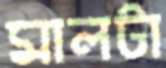
মালটা